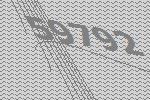
59792